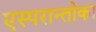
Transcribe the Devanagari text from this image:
एस्परान्तोका